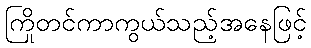
ကြိုတင်ကာကွယ်သည့်အနေဖြင့်